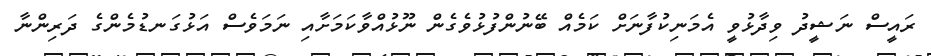
ރައީސް ނަޝީދު ވިދާޅުވީ އެމަނިކުފާނަށް ކަމެއް ބޭނުންފުޅުވެގެން ނޫޅުއްވާކަމަށާއި ނަމަވެސް އަޅުގަނޑުމެންގެ ދަރިންނާ